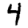
Digit: 4